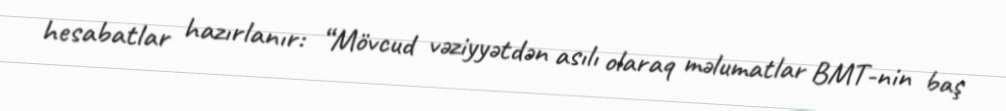
hesabatlar hazırlanır: “Mövcud vəziyyətdən asılı olaraq məlumatlar BMT-nin baş